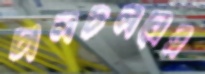
চালচলনের